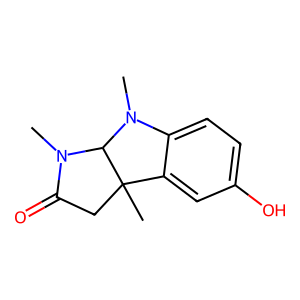
SMILES: CN1C(=O)CC2(C)c3cc(O)ccc3N(C)C12
Inhibits HIV replication: No